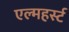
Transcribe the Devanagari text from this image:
एल्महर्स्ट